Senior Leaving Certificate Examination (including Day School Certificate (Higher) General paper), 1948
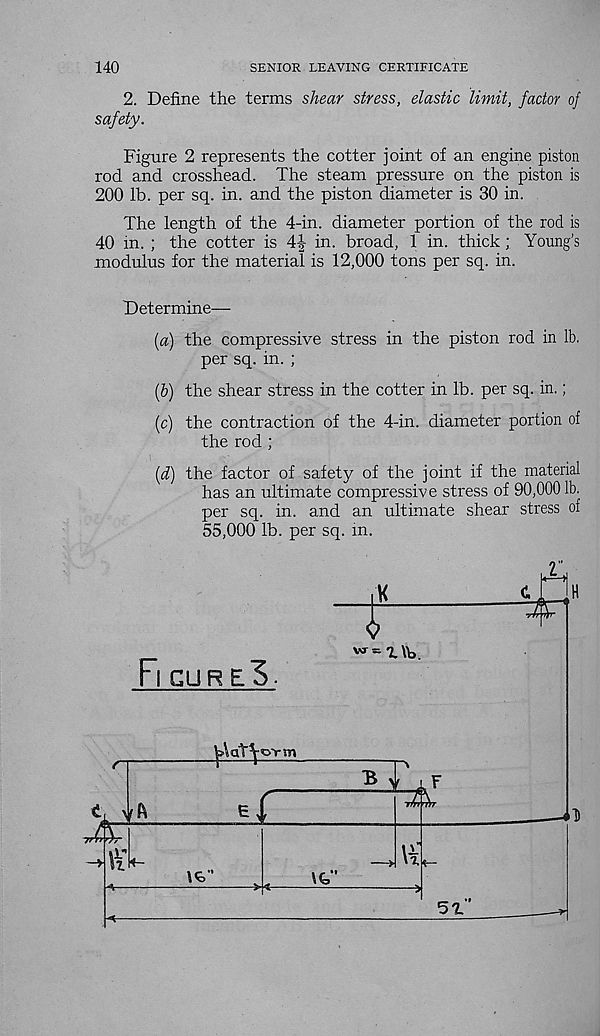
140
SENIOR LEAVING CERTIFICATE
2. Define the terms shear stress, elastic limit, factor of
safety.
Figure 2 represents the cotter joint of an engine piston
rod and crosshead. The steam pressure on the piston is
200 lb. per sq. in. and the piston diameter is 30 in.
The length of the 4-in. diameter portion of the rod is
40 in. ; the cotter is 44 in. broad, 1 in. thick; Young’s
modulus for the material is 12,000 tons per sq. in.
Determine—
[a) the compressive stress in the piston rod in lb.
per sq. in. ;
(5) the shear stress in the cotter in lb. per sq. in.;
(c) the contraction of the 4-in. diameter portion of
the rod ;
(d) the factor of safety of the joint if the material
has an ultimate compressive stress of 90,000 lb.
per sq. in. and an ultimate shear stress of
55,000 lb. per sq. m.
Fl GUR e"5.
V